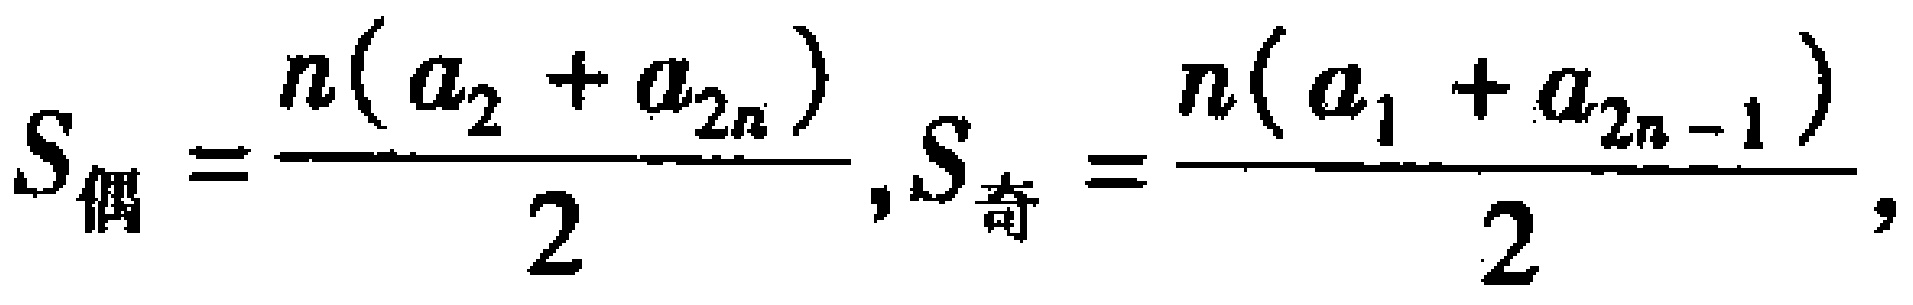
$S_{偶}=\frac{n(a_{2}+a_{2n})}{2},S_{奇}=\frac{n(a_{1}+a_{2n - 1})}{2},$